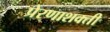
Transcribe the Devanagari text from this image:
प्रेरणाशक्ती